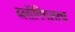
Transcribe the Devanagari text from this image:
ब्लॉगिंगलाच